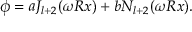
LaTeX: \phi = a J _ { l + 2 } ( \omega R x ) + b N _ { l + 2 } ( \omega R x ) .